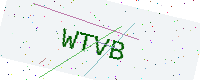
Text: WTVB